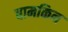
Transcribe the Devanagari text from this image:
बामकिन